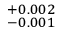
_ { - 0 . 0 0 1 } ^ { + 0 . 0 0 2 }